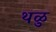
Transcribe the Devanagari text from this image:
थळु